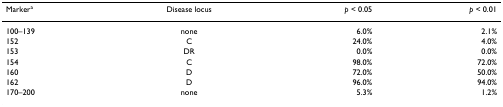
| Markera | Disease locus | p < 0.05 | p < 0.01 |
 | --- | --- | --- | --- |
 | 100–139 | none | 6.0% | 2.1% |
 | 152 | C | 24.0% | 4.0% |
 | 153 | DR | 0.0% | 0.0% |
 | 154 | C | 98.0% | 72.0% |
 | 160 | D | 72.0% | 50.0% |
 | 162 | D | 96.0% | 94.0% |
 | 170–200 | none | 5.3% | 1.2% |